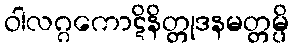
ဝါလဂ္ဂကောဋိနိတ္တုဒနမတ္တမ္ပိ